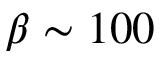
\beta \sim 1 0 0